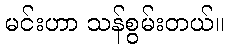
မင်းဟာ သန်စွမ်းတယ်။